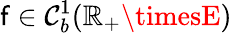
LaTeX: \mathsf{f}\in\mathcal{{C}}_{b}^{1}(\mathbb{{R}}_{+}\timesE)